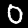
Digit: 0